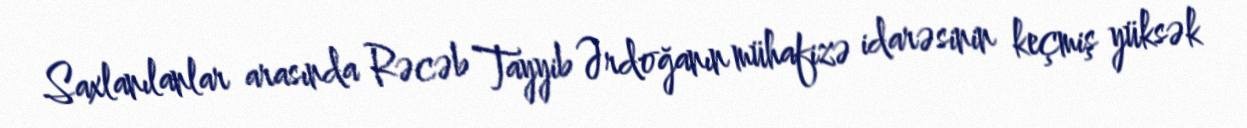
Saxlanılanlar arasında Rəcəb Tayyib Ərdoğanın mühafizə idarəsinin keçmiş yüksək